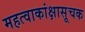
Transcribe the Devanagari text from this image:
महत्वाकांक्षासूचक